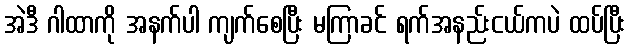
အဲဒီ ဂါထာကို အနက်ပါ ကျက်စေပြီး မကြာခင် ရက်အနည်းငယ်ကပဲ ထပ်ပြီး